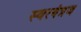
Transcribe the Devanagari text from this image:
स्वरयंत्रज